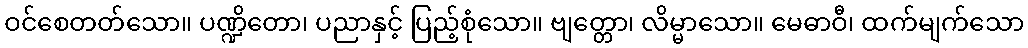
ဝင်စေတတ်သော။ ပဏ္ဍိတော၊ ပညာနှင့် ပြည့်စုံသော။ ဗျတ္တော၊ လိမ္မာသော။ မေဓာဝီ၊ ထက်မျက်သော